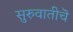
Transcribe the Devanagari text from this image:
सुरुवातीचॆ